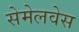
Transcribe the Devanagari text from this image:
सेमेलवेस